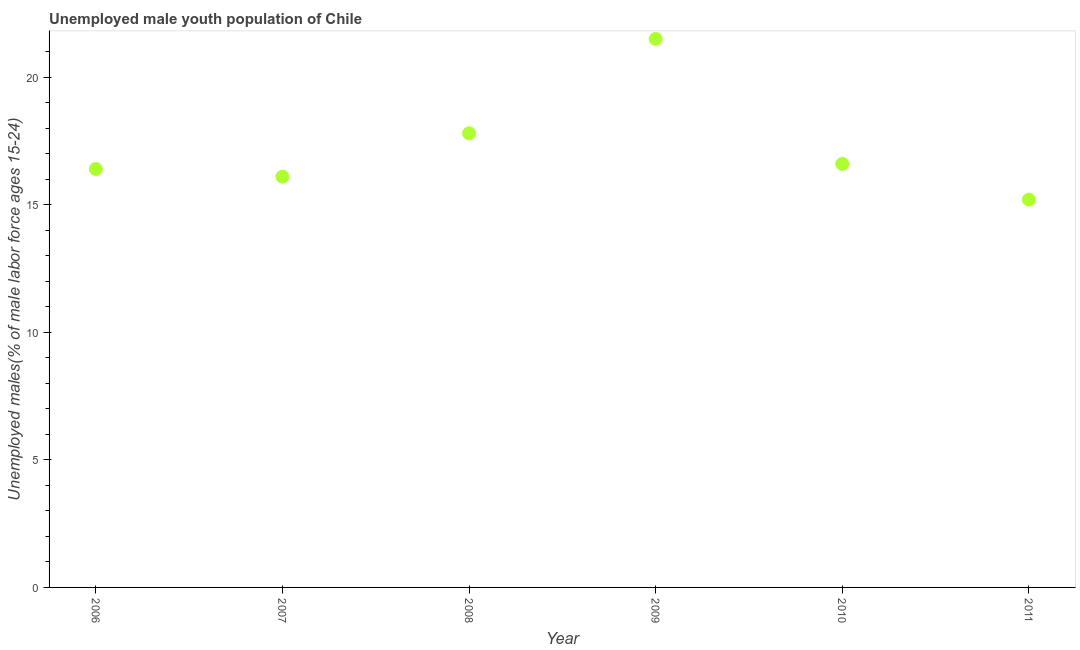
| Year | Unemployment youth male |
 | --- | --- |
 | 2006 | 16.4 |
 | 2007 | 16.1 |
 | 2008 | 17.8 |
 | 2009 | 21.5 |
 | 2010 | 16.6 |
 | 2011 | 15.2 |